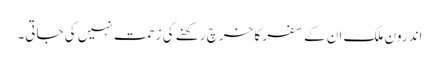
اندرون ملک ان کے سفر کا خرچ رکھنے کی زحمت نہیں کی جاتی۔